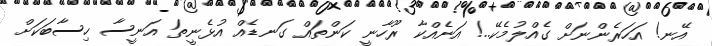
އޭނ! އަހަރެންނަށް ގެއްލުމެކޭ..! އަނެއްކާ ރޫހާނީ ކަންތައް ގަނޑެއް އުޅެނީތަ އަނީސާ ހިސާބަކަށް